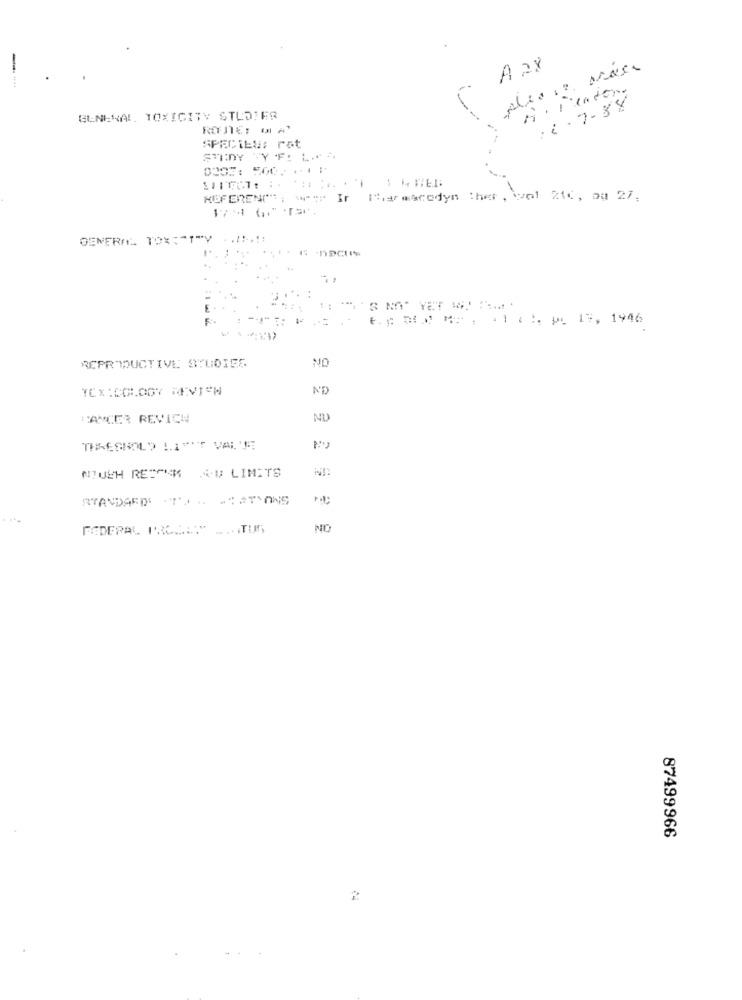
A ax
:2 .7-88
GENERAL TOXICITY STLOIFR
ROSTE: OLAT
SPECIES: rat
STIDY YF: L+=
HOFEREN **: **** If Therearedyn ther, vol 2te, og 27.
GENERAL TOX: "T"Y .. 7% -, 1:
t .: ) M . .. . : P 17, 1946
ON
REPRODUCTIVE STUDIES
ND
CANCER REVICH
NU
THRESHOLD LIWNT VAL'TE
NIUCH RESPNEM AU LIMITS
RYANDARDE TAR SATANS
FEDERAL PRESENT _.. TUS
NO
87499966